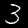
Label: 3